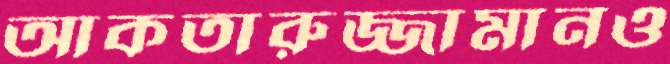
আকতারুজ্জামানও